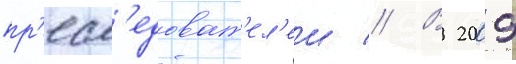
пр'есл'едоват'ел'еи // В 2009